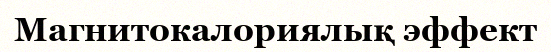
Магнитокалориялық эффект